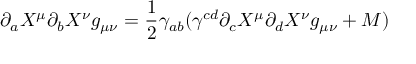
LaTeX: \partial _ { a } X ^ { \mu } \partial _ { b } X ^ { \nu } g _ { \mu \nu } = \frac { 1 } { 2 } \gamma _ { a b } ( \gamma ^ { c d } \partial _ { c } X ^ { \mu } \partial _ { d } X ^ { \nu } g _ { \mu \nu } + M )